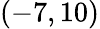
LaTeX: (-7,10)